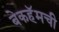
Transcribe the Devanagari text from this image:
बेकहॅमची